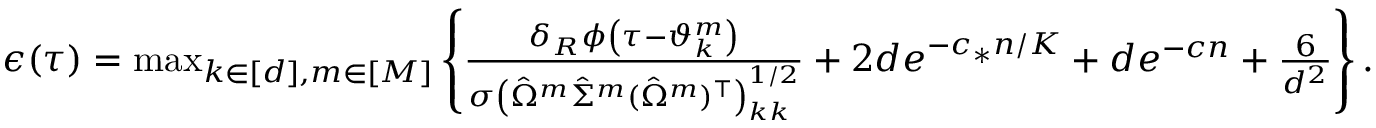
\begin{array} { r } { \epsilon ( \tau ) = \operatorname* { m a x } _ { k \in [ d ] , m \in [ M ] } \left\{ \frac { \delta _ { R } { \phi \left( \tau - \vartheta _ { k } ^ { m } \right) } } { \sigma \left( \hat { \Omega } ^ { m } \hat { \Sigma } ^ { m } ( \hat { \Omega } ^ { m } ) ^ { \top } \right) _ { k k } ^ { 1 / 2 } } + 2 d e ^ { - c _ { * } n / K } + d e ^ { - c n } + \frac { 6 } { d ^ { 2 } } \right\} . } \end{array}